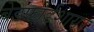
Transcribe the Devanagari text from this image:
बेडफ़ोर्डशायर